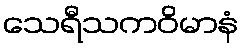
သေရီသကဝိမာနံ